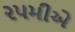
૨૫મીએ